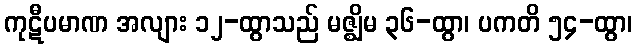
ကုဋီပမာဏ အလျား ၁၂-ထွာသည် မဇ္ဈိမ ၃၆-ထွာ၊ ပကတိ ၅၄-ထွာ၊